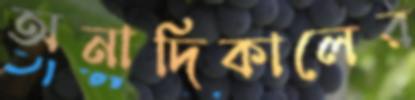
অনাদিকালের